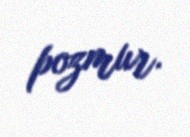
pozmur.